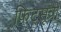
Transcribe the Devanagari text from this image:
फिट्सूत्रों